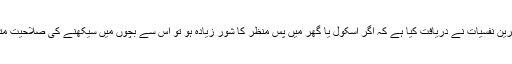
2016ء) ماہرین نفسیات نے دریافت کیا ہے کہ اگر اسکول یا گھر میں پس منظر کا شور زیادہ ہو تو اس سے بچوں میں سیکھنے کی صلاحیت متاثر ہوتی ہے۔